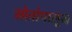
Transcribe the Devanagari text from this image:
स्रोतांपासून